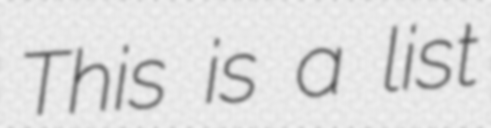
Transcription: This is a list